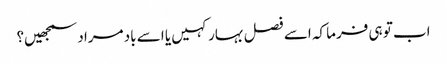
اب تو ہی فرما کہ اسے فصل بہار کہیں یا اسے باد مراد سمجھیں؟